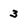
Character: 3